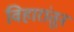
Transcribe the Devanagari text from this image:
विहारांतून